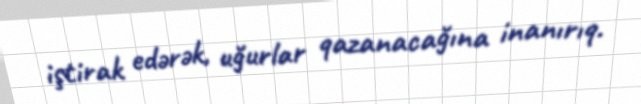
iştirak edərək, uğurlar qazanacağına inanırıq.